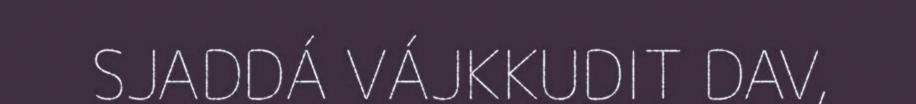
SJADDÁ VÁJKKUDIT DAV,